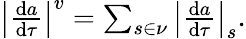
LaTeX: \begin{array}{r}{\left|\frac{\mathrm{d}a}{\mathrm{d}\tau}\right|^{v}=\sum_{s\in\nu}\left|\frac{\mathrm{d}a}{\mathrm{d}\tau}\right|_{s}.}\end{array}